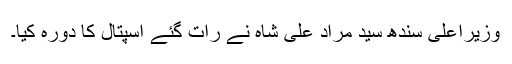
وزیراعلیٰ سندھ سید مراد علی شاہ نے رات گئے اسپتال کا دورہ کیا۔